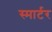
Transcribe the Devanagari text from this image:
स्मार्टर